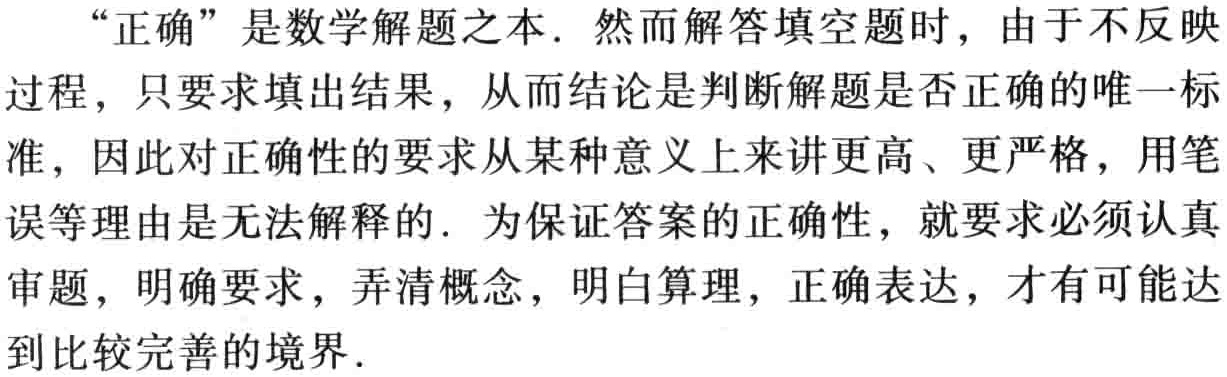
“正确”是数学解题之本. 然而解答填空题时，由于不反映过程，只要求填出结果，从而结论是判断解题是否正确的唯一标准，因此对正确性的要求从某种意义上来讲更高、更严格，用笔误等理由是无法解释的. 为保证答案的正确性，就要求必须认真审题，明确要求，弄清概念，明白算理，正确表达，才有可能达到比较完善的境界.